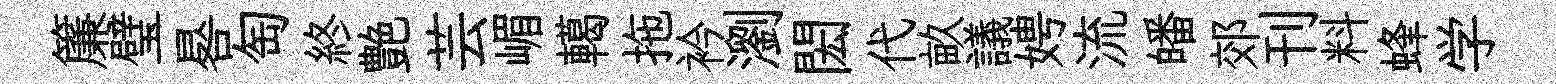
簾璧晷匋終艶芸嵋轕拖衿瀏閎代畝議娉流皤郊刊料蜂学